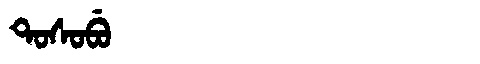
Manchu: ᡨᠣᠰᠣᠪᡠ
Romanization: TOSOBU